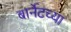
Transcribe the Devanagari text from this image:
बार्नेटच्या